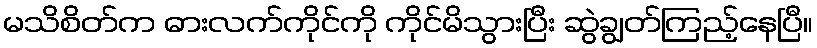
မသိစိတ်က ဓားလက်ကိုင်ကို ကိုင်မိသွားပြီး ဆွဲချွတ်ကြည့်နေပြီ။